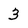
Character: 3